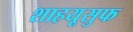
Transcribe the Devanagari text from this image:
शाहयूसुफ